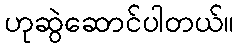
ဟုဆွဲဆောင်ပါတယ်။